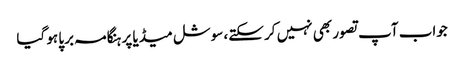
جواب آپ تصور بھی نہیں کر سکتے، سوشل میڈیا پر ہنگامہ برپا ہو گیا